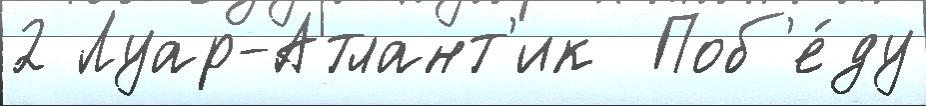
2 Луар-Атлант'ик  Поб'е́ду